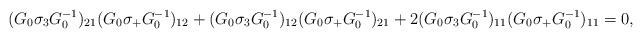
LaTeX: \begin{align*}(G_{0}\sigma_{3}G_{0}^{-1})_{21}(G_{0}\sigma_{+}G_{0}^{-1})_{12}+(G_{0}\sigma_{3}G_{0}^{-1})_{12}(G_{0}\sigma_{+}G_{0}^{-1})_{21} + 2(G_{0}\sigma_{3}G_{0}^{-1})_{11}(G_{0}\sigma_{+}G_{0}^{-1})_{11} = 0,\end{align*}